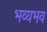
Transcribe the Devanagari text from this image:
भव्यभव